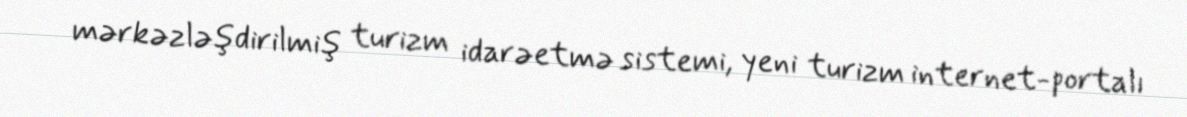
mərkəzləşdirilmiş turizm idarəetmə sistemi, yeni turizm internet-portalı